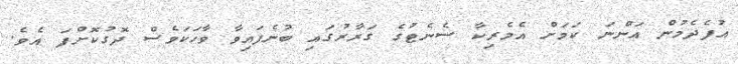
އުފެދެމުން އަންނަ ކަމަށް އެމެރިކާ ސެނެޓުގެ ގަރާރުގައި ބުނެފައިވާ ވާހަކަވެސް ދޮގުކޮށްފަ އެވެ.